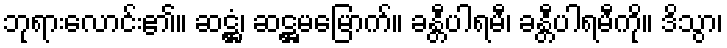
ဘုရားလောင်း၏။ ဆဋ္ဌံ၊ ဆဋ္ဌမမြောက်။ ခန္တီပါရမီ၊ ခန္တီပါရမီကို။ ဒိသွာ၊